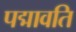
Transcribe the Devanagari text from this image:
पद्मावति